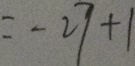
= - 2 7 + 1